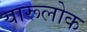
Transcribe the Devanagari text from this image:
यारूलोक